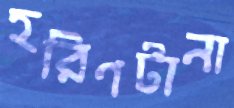
হরিণটানা